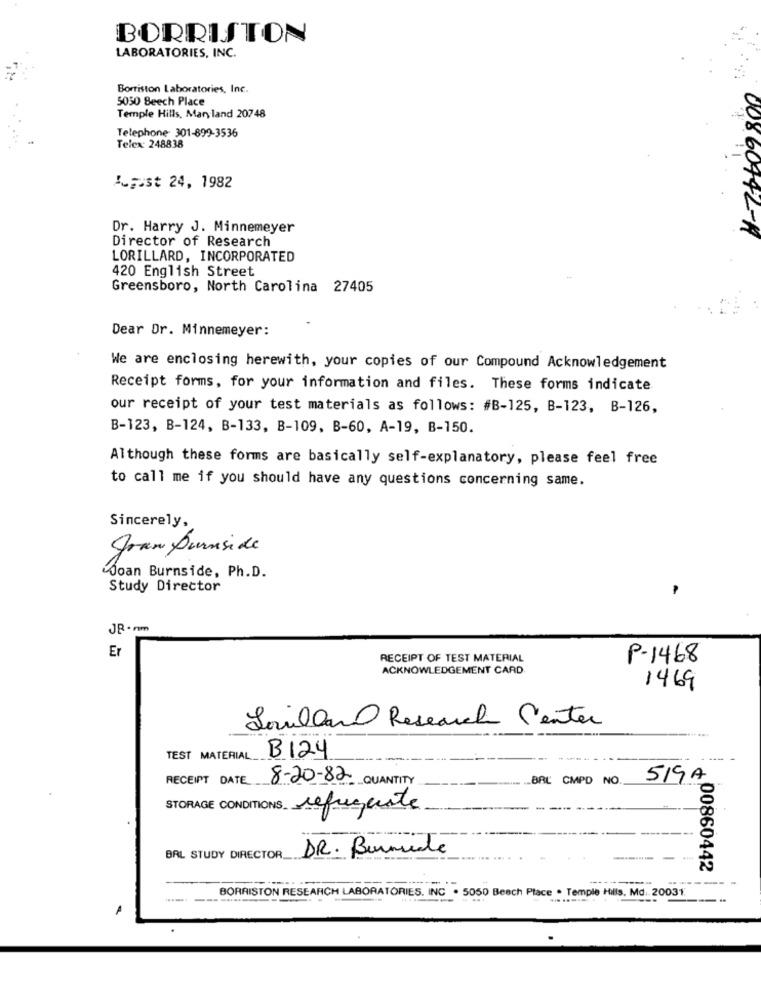
BORRISTON
LABORATORIES, INC.
Borriston Laboratories, Inc.
5050 Beech Place
Temple Hills, Maryland 20748
Telephone 301-899-3536
Telex: 248838
IFist 24, 1982
Dr. Harry J. Minnemeyer
860442-A
Director of Research
LORILLARD, INCORPORATED
420 English Street
Greensboro, North Carolina 27405
Dear Dr. Minnemeyer:
We are enclosing herewith, your copies of our Compound Acknowledgement
Receipt forms, for your information and files. These forms indicate
our receipt of your test materials as follows: #B-125, B-123, B-126,
B-123, B-124, B-133, B-109, B-60, A-19, B-150.
Although these forms are basically self-explanatory, please feel free
to call me if you should have any questions concerning same.
Sincerely,
gran Burnside
Joan Burnside, Ph.D.
Study Director
JB-rm
Er
RECEIPT OF TEST MATERIAL
P-1468
ACKNOWLEDGEMENT CARD
1469
Lavillar Research Center
B124
TEST MATERIAL
RECEIPT DATE
8-20-82 QUANTITY
BAL CMPD NO.
519A
STORAGE CONDITIONS refregente
BRL STUDY DIRECTOR_
DR. Burnute
¢ 00860442
-----
BORRISTON RESEARCH LABORATORIES. INC . 5050 Beach Place . Temple Hills, Md. 20031.
A